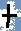
Text: +